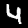
Digit: 4